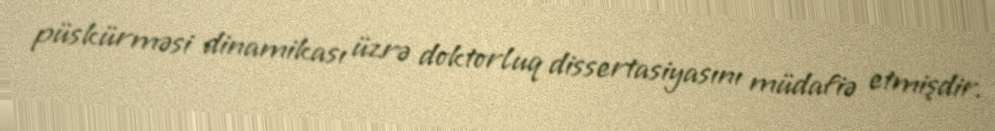
püskürməsi dinamikası üzrə doktorluq dissertasiyasını müdafiə etmişdir.